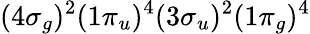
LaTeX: (4\sigma_{g})^{2}(1\pi_{u})^{4}(3\sigma_{u})^{2}(1\pi_{g})^{4}